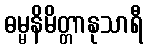
ဓမ္မနိမိတ္တာနုသာရီ